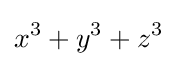
x^{3}+y^{3}+z^{3}